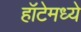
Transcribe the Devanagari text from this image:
हॉटेमध्ये